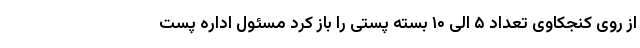
از روی کنجکاوی تعداد ۵ الی ۱۰ بسته پستی را باز کرد مسئول اداره پست